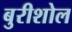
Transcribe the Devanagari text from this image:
बुरीशोल